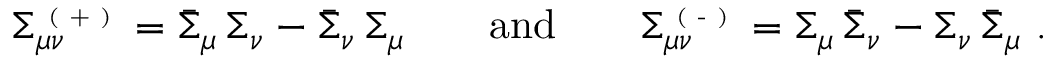
\begin{array} { r } { \Sigma _ { \mu \nu } ^ { \textrm { \tiny ( + ) } } = \bar { \Sigma } _ { \mu } \, \Sigma _ { \nu } - \bar { \Sigma } _ { \nu } \, \Sigma _ { \mu } \qquad \mathrm { a n d } \qquad \Sigma _ { \mu \nu } ^ { \textrm { \tiny ( - ) } } = \Sigma _ { \mu } \, \bar { \Sigma } _ { \nu } - \Sigma _ { \nu } \, \bar { \Sigma } _ { \mu } \ . } \end{array}